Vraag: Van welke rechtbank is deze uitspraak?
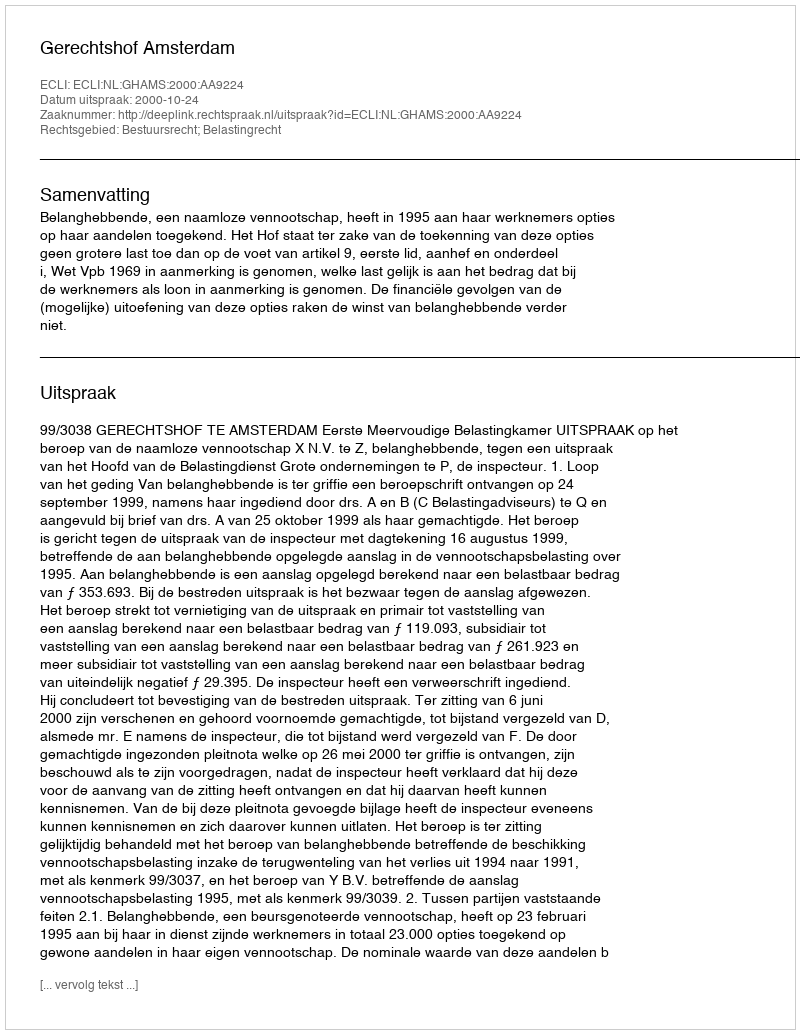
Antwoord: Gerechtshof Amsterdam